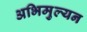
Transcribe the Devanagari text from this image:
अभिमुल्यन